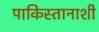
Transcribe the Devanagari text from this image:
पाकिस्तानाशी